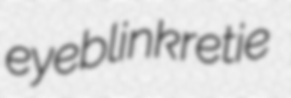
eyeblink retie